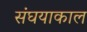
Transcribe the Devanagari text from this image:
संघयाकाल